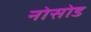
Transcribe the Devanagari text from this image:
नोसोड